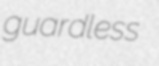
guardless